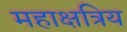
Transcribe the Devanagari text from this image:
महाक्षत्रिय